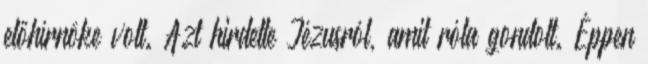
előhírnöke volt. Azt hirdette Jézusról, amit róla gondolt. Éppen